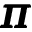
\pmb { \pi }